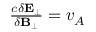
\begin{array} { r } { \frac { c \delta \mathbf { E } _ { \perp } } { \delta \mathbf { B } _ { \perp } } = v _ { A } } \end{array}